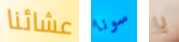
عشائنا سونا يا